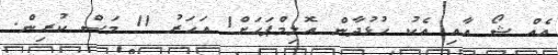
އެއް ޝޯ އާއި އެކު ހުޅުދާން އޮލިމްޕަހަށް1 އަހަރު 11 މަސް ކުރިން.